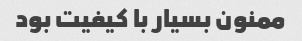
ممنون بسیار با کیفیت بود